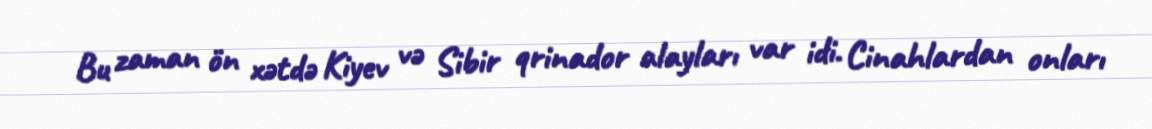
Bu zaman ön xətdə Kiyev və Sibir qrinador alayları var idi. Cinahlardan onları